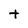
Character: t